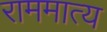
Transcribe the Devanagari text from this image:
राममात्य